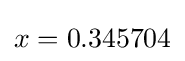
x=0.345704